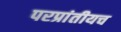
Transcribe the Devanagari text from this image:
परप्रांतीयच